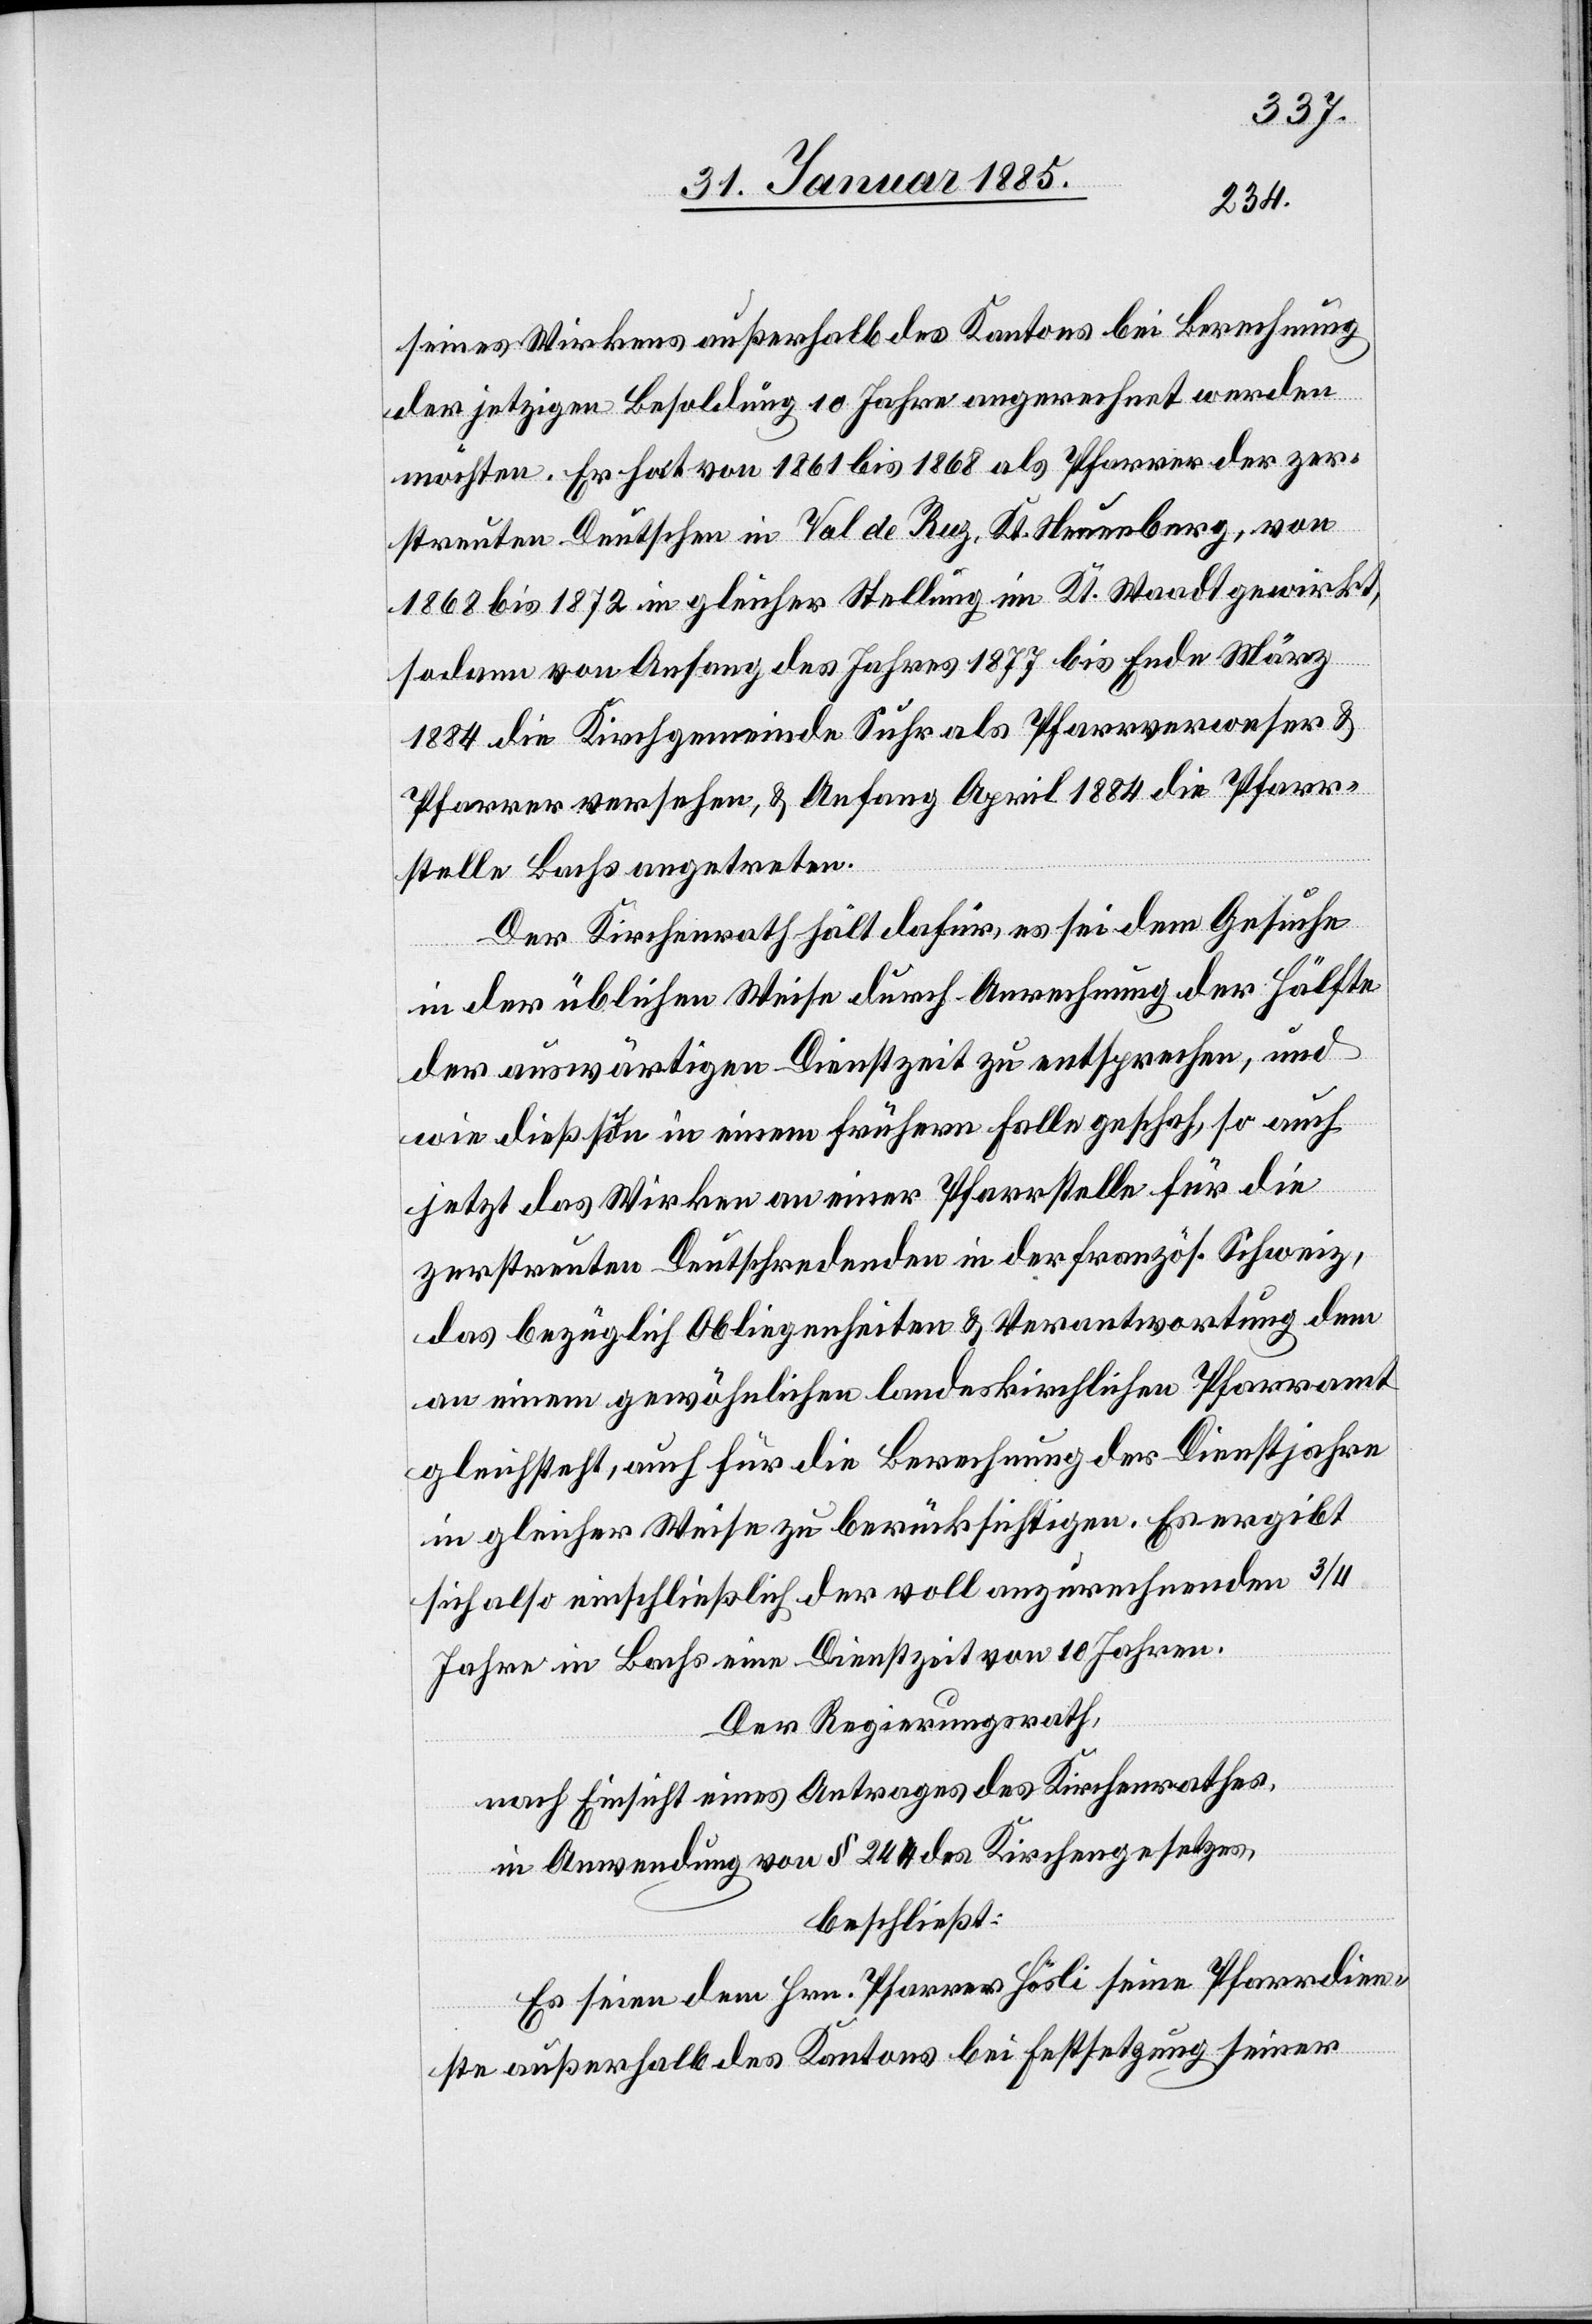
seines Wirkens außerhalb des Kantons bei Berechnung
der jetzigen Besoldung 10 Jahre angerechnet werden
möchten. Er hat von 1861 bis 1868 als Pfarrer der zer¬
streuten Deutschen in Val de Ruz, Kt. Neuenburg, von
1868 bis 1872 in gleicher Stellung im Kt. Waadt gewirkt,
sodann von Anfang des Jahres 1877 bis Ende März
1884 die Kirchgemeinde Suhr als Pfarrverweser &
Pfarrer versehen, & Anfang April 1884 die Pfarr¬
stelle Bachs angetreten.
Der Kirchenrath hält dafür, es sei dem Gesuche
in der üblichen Weise durch Anrechnung der Hälfte
der auswärtigen Dienstzeit zu entsprechen, und
wie dieß schon in einem frühern Falle geschah, so auch
jetzt das Wirken an einer Pfarrstelle für die
zerstreuten Deutschredenden in der französ. Schweiz,
das bezüglich Obliegenheiten & Verantwortung dem
an einem gewöhnlichen landeskirchlichen Pfarramt
gleichsteht, auch für die Berechnung der Dienstjahre
in gleicher Weise zu berücksichtigen. Es ergibt
sich also einschließlich der voll anzurechnenden 3/4
Jahre in Bachs eine Dienstzeit von 10 Jahren.
Der Regierungsrath,
nach Einsicht eines Antrages des Kirchenrathes,
in Anwendung von § 244 des Kirchengesetzes,
beschließt:
Es seien dem Hrn. Pfarrer Hösli seine Pfarrdien¬
ste außerhalb des Kantons bei Festsetzung seiner